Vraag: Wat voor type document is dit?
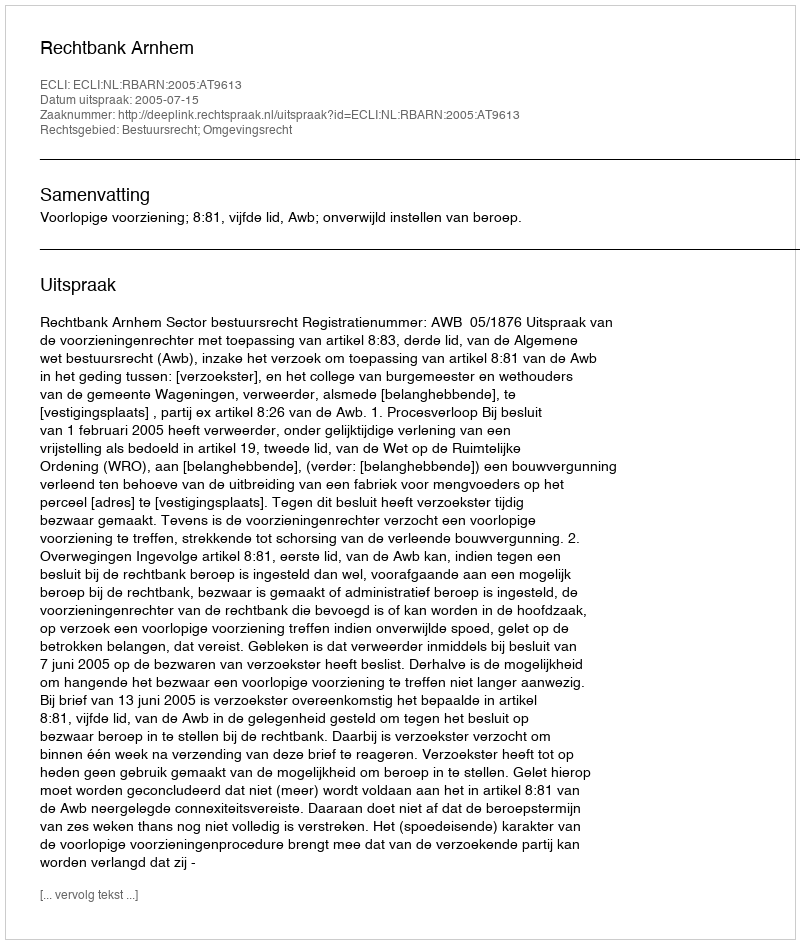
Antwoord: Uitspraak